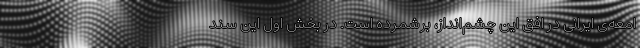
امعه‌ی ایرانی در افق این چشم‌انداز، برشمرده است. در بخش اول این سند